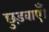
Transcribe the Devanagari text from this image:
छुड़वाएँ।